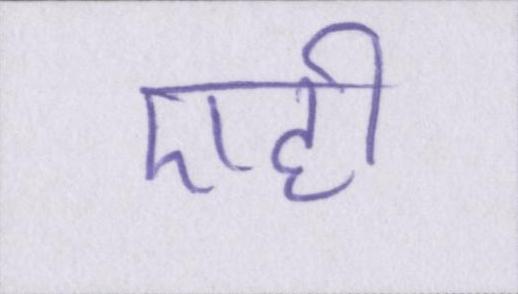
एही